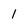
Character: l